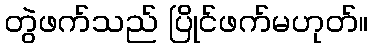
တွဲဖက်သည် ပြိုင်ဖက်မဟုတ်။